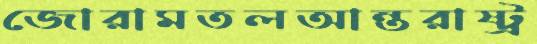
জোরামতলআন্তরাষ্ট্র